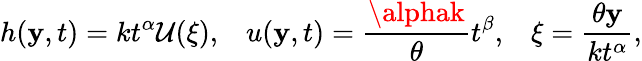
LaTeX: h(\mathbf{y},t)=kt^{\alpha}\mathcal{{U}}(\xi),\; \; \; u(\mathbf{y},t)=\frac{{\alphak}}{{\theta}}t^{\beta},\; \; \; \xi=\frac{{\theta\mathbf{y}}}{{kt^{\alpha}}},